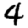
Digit: 4